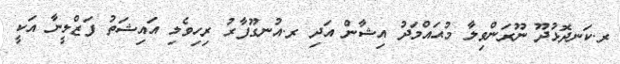
ރ.ކަނދޮޅުދޫ ނޫރަންވިލާ މުޙައްމަދު އިޝާން އަދި ރ.އުނގޫފާރު ރިހިވެލި އައިޝަތު ފަޒްލީނާ އަކީ